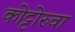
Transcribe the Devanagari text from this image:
कोट्टोरुवा